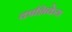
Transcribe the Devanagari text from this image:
काशिकेय